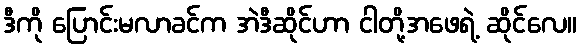
ဒီကို ပြောင်းမလာခင်က အဲဒီဆိုင်ဟာ ငါတို့အဖေရဲ့ ဆိုင်လေ။